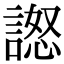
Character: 𧪅